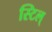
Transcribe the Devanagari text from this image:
स्टिल्